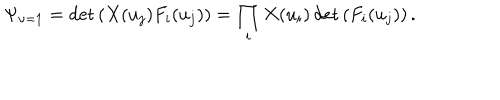
\Psi _ { \nu = 1 } = \det \left( X ( u _ { j } ) F _ { i } ( u _ { j } ) \right) = \prod _ { i } X ( u _ { i } ) \det \left( F _ { i } ( u _ { j } ) \right) .